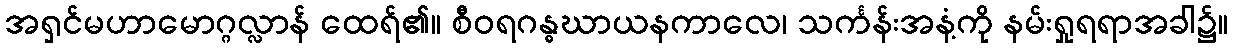
အရှင်မဟာမောဂ္ဂလ္လာန် ထေရ်၏။ စီဝရဂန္ဓဃာယနကာလေ၊ သင်္ကန်းအနံ့ကို နမ်းရှုရရာအခါ၌။